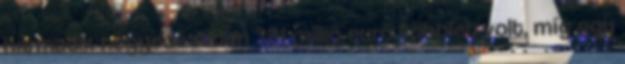
harmadik negyedévében 381 millió euró többlet volt, míg egy